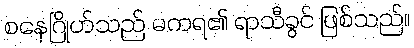
စနေဂြိုဟ်သည် မကရ၏ ရာသီခွင် ဖြစ်သည်။